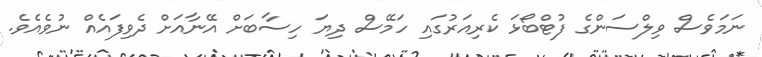
ނަމަވެސް ވިލްސަންގެ ފުޓްބޯޅަ ކެރިއަރުގައި ހަމޭސް ދިޔަ ހިސާބަށް އޭނާއަށް ދެވިފައެއް ނުވެއެވެ.